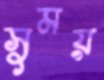
সুময়